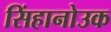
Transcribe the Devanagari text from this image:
सिंहानोउक